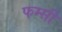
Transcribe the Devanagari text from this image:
फम्सी